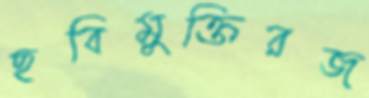
ছবিমুক্তিরজ